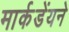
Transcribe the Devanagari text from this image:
मार्कडेंयने